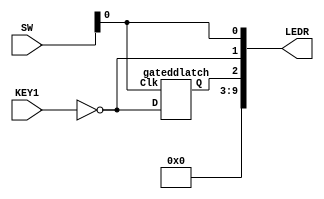
/*
Oscar Reyes-Sanchez
D Latch in verilog
	*/
module part2 (KEY1, LEDR, SW);
	input KEY1;
	input [9:0] SW;
	output [9:0] LEDR;
	
	wire Q;
	
	gateddlatch latch1 (SW[0], ~KEY1, Q);
	
	assign LEDR[0] = SW[0];
	assign LEDR[1] = ~KEY1;
	assign LEDR[2] = Q;
	assign LEDR[9:3] = 7'b0;	
endmodule


module gateddlatch (Clk, D, Q);
	input Clk, D;
	output Q;
	
	wire R, S, R_g, S_g, Qa, Qb /* synthesis keep */ ;
	
	assign S = D;
	assign R = ~D;
	
	assign R_g = ~(R & Clk);
	assign S_g = ~(S & Clk);
	assign Qa = ~(S_g & Qb);
	assign Qb = ~(R_g & Qa);
	assign Q = Qa;

endmodule